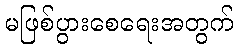
မဖြစ်ပွားစေရေးအတွက်